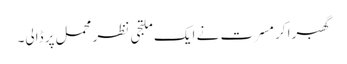
گھبرا کر مسرت نے ایک ملتجی نظر محمل پر ڈالی۔